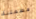
مطمئنة